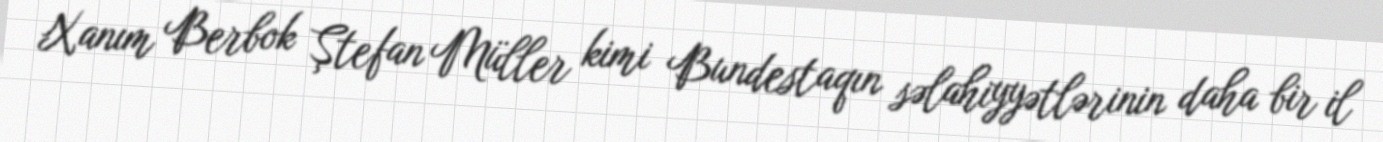
Xanım Berbok Ştefan Müller kimi Bundestaqın səlahiyyətlərinin daha bir il